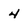
Character: 4